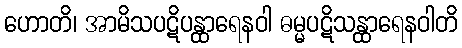
ဟောတိ၊ အာမိသပဋိပန္ထာရေနဝါ ဓမ္မပဋိသန္ထာရေနဝါတိ